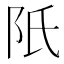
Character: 𨸝